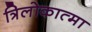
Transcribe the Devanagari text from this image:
त्रिलोकात्मा